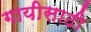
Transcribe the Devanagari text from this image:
गायीसाठी